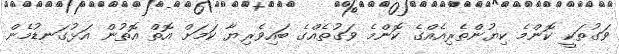
ވަގުތަކީ ކޮންމެ ކިޔުންތެރިއެއްގެ ކޮންމެ ވަގުތެއްގެ ބައިވެރިޔާ ކަމަށް އޮތް އޮތުން އަޅުގަނޑުމެން